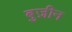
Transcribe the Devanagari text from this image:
बुज़ीन